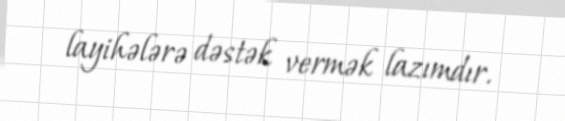
layihələrə dəstək vermək lazımdır.